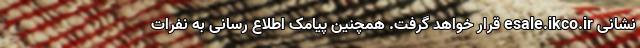
نشانی esale.ikco.ir قرار خواهد گرفت. همچنین پیامک اطلاع رسانی به نفرات